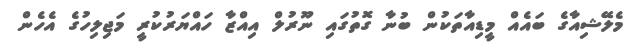
މެލޭޝިއާގެ ބައެއް މީޑިއާތަކުން ބުނާ ގޮތުގައި ނޫރުލް އިއްޒާ ހައްޔަރުކުރީ މަޖިލިހުގެ އެހެން